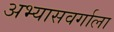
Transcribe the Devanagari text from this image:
अभ्यासवर्गाला